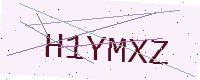
Text: H1YMXZ